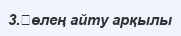
3.	өлең айту арқылы